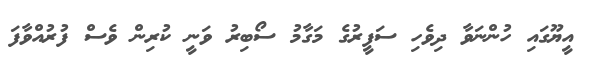
އީޔޫގައި ހުންނަވާ ދިވެހި ސަފީރުގެ މަގާމު ސޯބިރު ވަނީ ކުރިން ވެސް ފުރުއްވާފަ